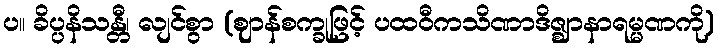
ပ။ ခိပ္ပနိသန္တီ၊ လျင်စွာ (ဈာန်စက္ခုဖြင့် ပထဝီကသိဏာဒိဇ္ဈာနာရမ္မဏကို)